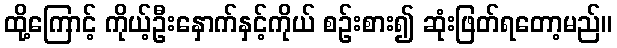
ထို့ကြောင့် ကိုယ့်ဦးနှောက်နှင့်ကိုယ် စဉ်းစား၍ ဆုံးဖြတ်ရတော့မည်။